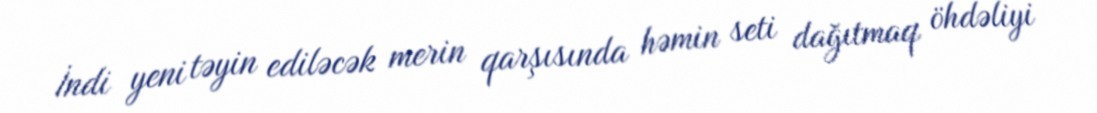
İndi yeni təyin ediləcək merin qarşısında həmin seti dağıtmaq öhdəliyi